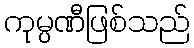
ကုမ္ပဏီဖြစ်သည်